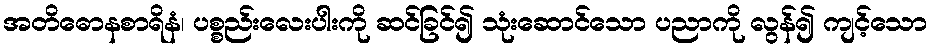
အတိဓောနစာရိနံ၊ ပစ္စည်းလေးပါးကို ဆင်ခြင်၍ သုံးဆောင်သော ပညာကို လွန်၍ ကျင့်သော